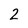
Character: 2